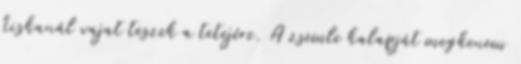
kiskanál vajat teszek a tetejére. A zsemle kalapját megkenem